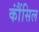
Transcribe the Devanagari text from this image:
कौंंसिल